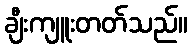
ချီးကျူးတတ်သည်။